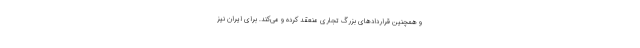
و همچنین قراردادهای بزرگ تجاری منعقد کرده و می‌کند. برای ایران نیز